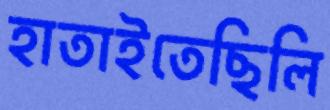
হাতাইতেছিলি